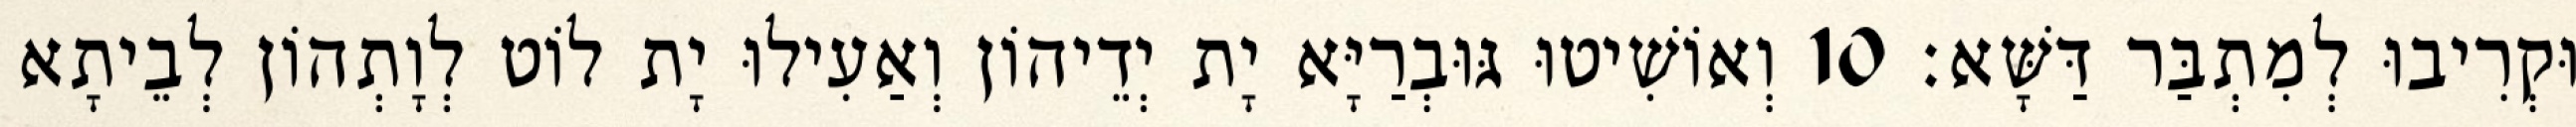
וּקְרִיבוּ לְמִתְבַּר דַּשָּׁא׃ 10 וְאוֹשִׁיטוּ גּוּבְרַיָּא יָת יְדֵיהוֹן וְאַעִילוּ יָת לוֹט לְוָתְהוֹן לְבֵיתָא